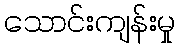
သောင်းကျန်းမှု